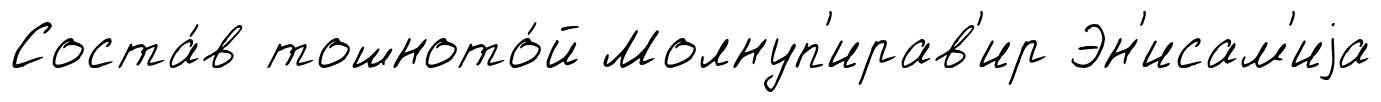
Соста́в тошното́й Молнуп'ирав'ир Эн'исам'иjа